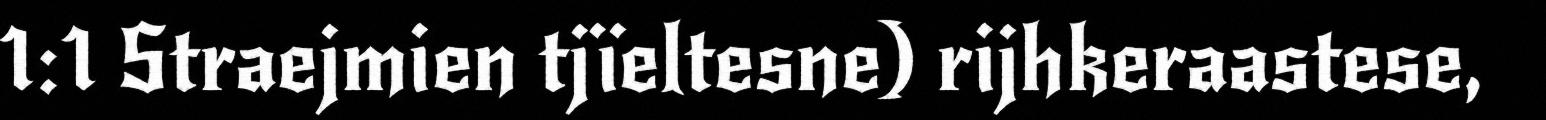
1:1 Straejmien tjïeltesne) rijhkeraastese,